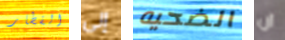
الفطار إلى الضحيه ان